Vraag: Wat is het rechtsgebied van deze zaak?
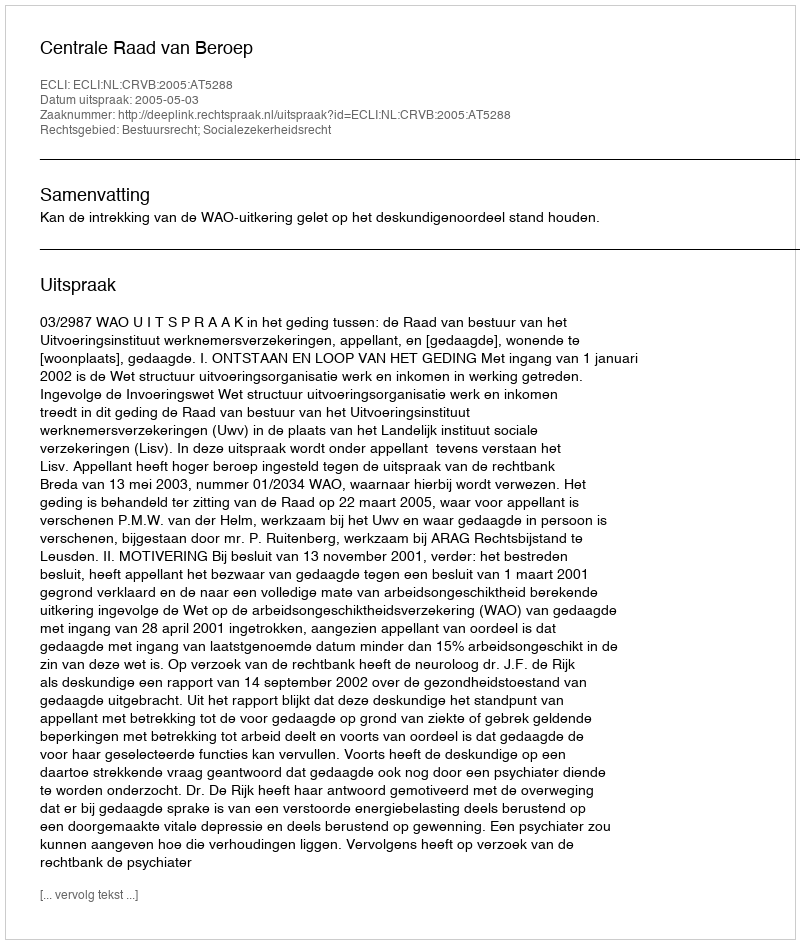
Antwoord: Bestuursrecht; Socialezekerheidsrecht